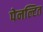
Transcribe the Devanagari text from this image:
पेनल्टित